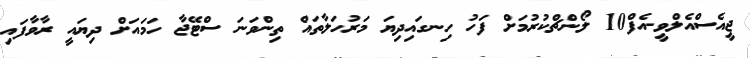
ޖީއެސްއެލްވީ-އެފް10 ލޯންޗްކުރުމަށް ފަހު ހިނގައިދިޔަ މަރުހަލާތައް ތިންވަނަ ސްޓޭޖާ ހަމައަށް ދިޔައީ ރާވާފައި